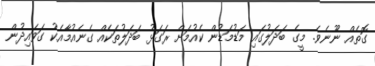
ގޮތެއް ނޫނެވެ. މީގެ ބަދަލުގައި މަޑުމަޑުން ކެއުމަށް ރަގަޅު ބަދަލުތަކެއް ގެނެއުމާއެކު ގަވައިދުން